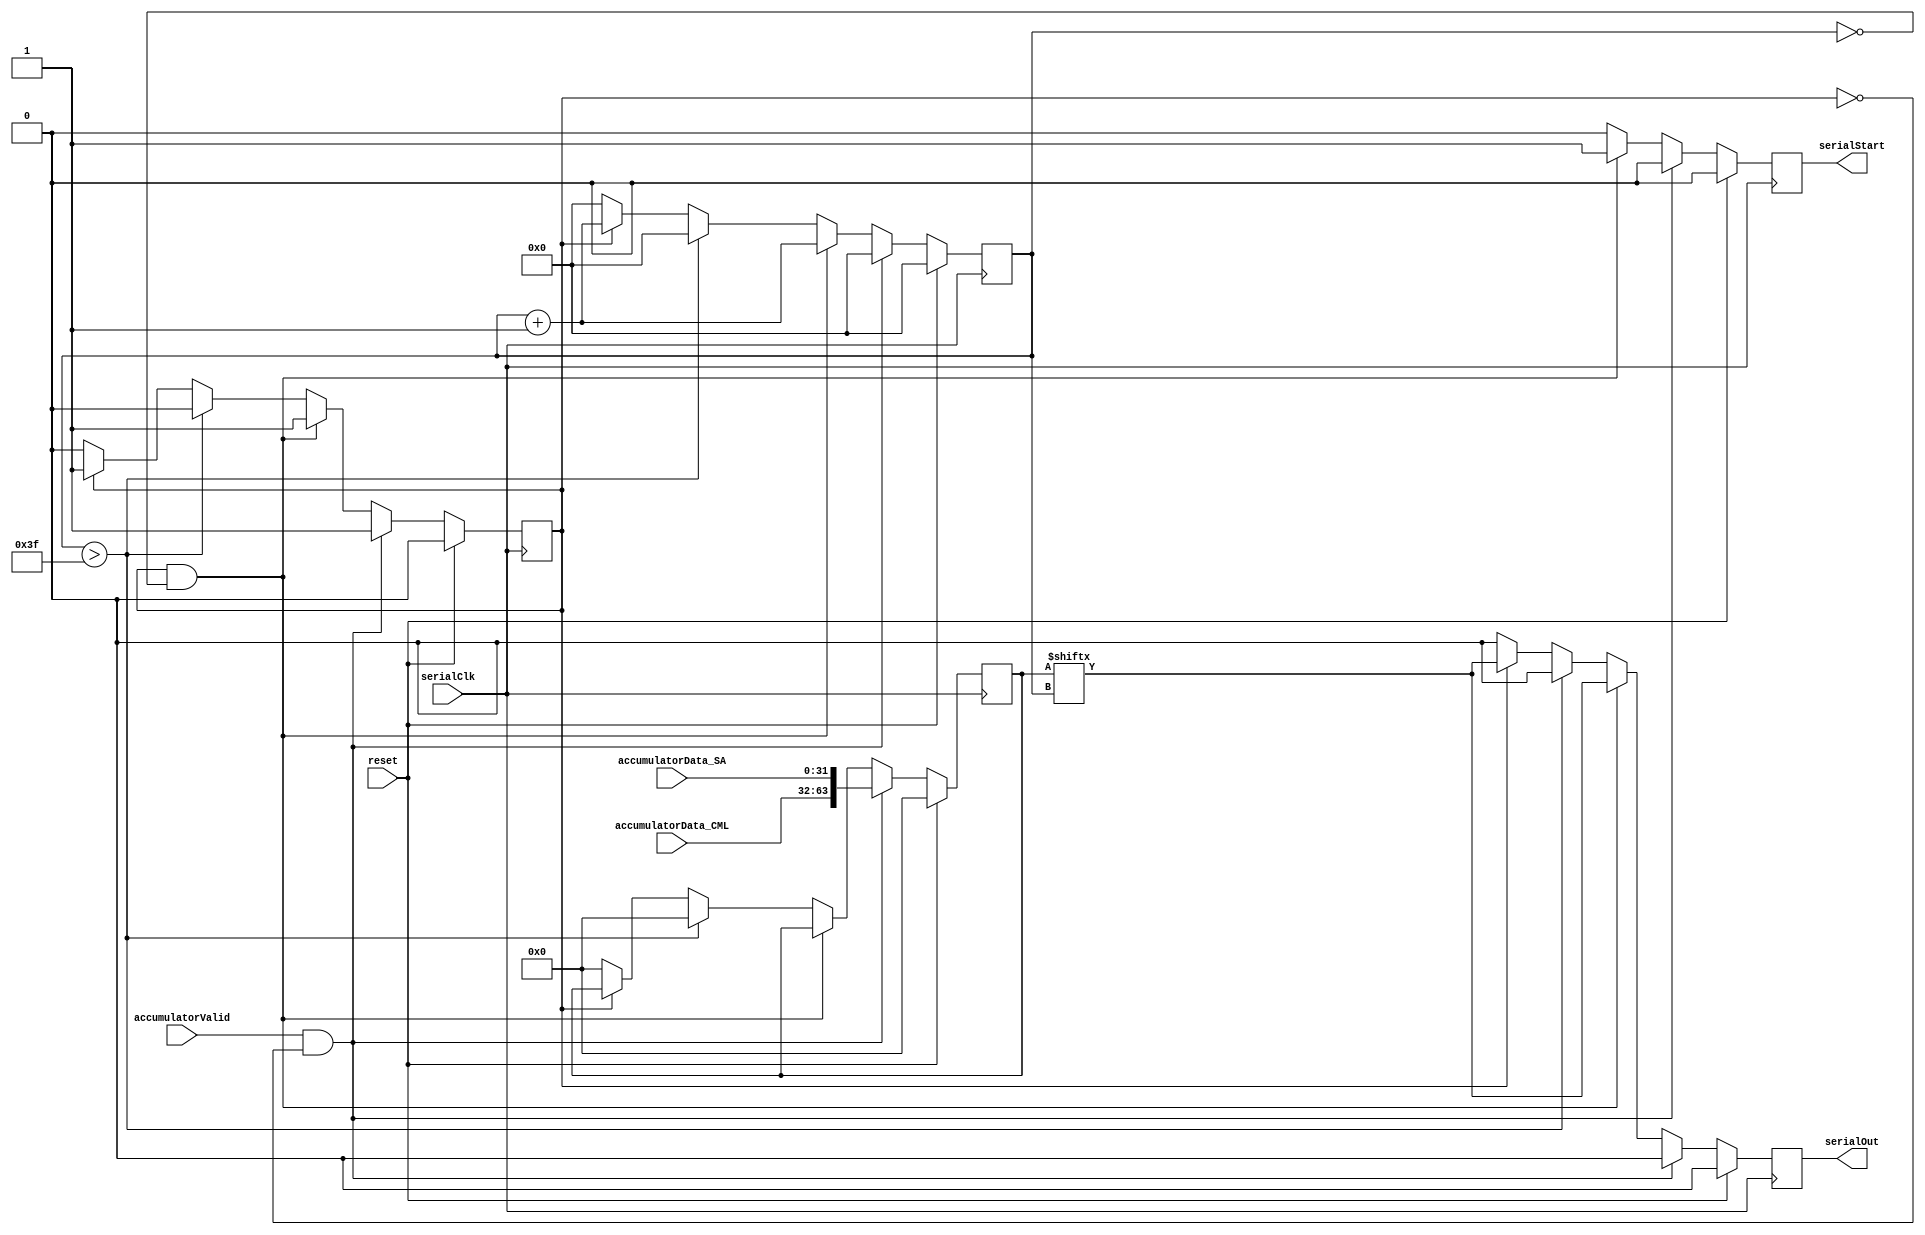
`timescale 1ns / 1ps
//////////////////////////////////////////////////////////////////////////////////
// Company: 
// Engineer: 
// 
// Design Name: 
// Module Name: SerializationSS
// Project Name: 
// Target Devices: 
// Tool Versions: 
// Description: 
// 
// Dependencies: 
// 
// Revision:
// Revision 0.01 - File Created
// Additional Comments:
// 
//////////////////////////////////////////////////////////////////////////////////

module SerializationSS
    #(parameter ACC_DATA_WIDTH = 32)
    (accumulatorValid,
     accumulatorData_SA,
     accumulatorData_CML,
     serialClk,
     reset,
     serialStart,
     serialOut);
     
     input accumulatorValid;
     input [ACC_DATA_WIDTH-1:0] accumulatorData_SA;
     input [ACC_DATA_WIDTH-1:0] accumulatorData_CML;
     input serialClk;
     input reset;
     output reg serialStart;
     output reg serialOut;
     
     reg [(ACC_DATA_WIDTH*2)-1:0] serialRegister;
     reg [6:0] counter;
     reg inProgress;
     
     always @ (posedge serialClk) begin
        if (reset) begin
            serialStart = 0;
            serialOut = 0;
            inProgress = 0;
            counter = 0;
            serialRegister = 0;
        end else if (accumulatorValid && !inProgress) begin
            // Load accumulator output to serializer register 
            serialStart = 0;
            serialOut = 0;
            counter = 0;
            inProgress = 1;
            serialRegister = {accumulatorData_CML, accumulatorData_SA};
        end else if (inProgress && counter == 0) begin
            // Once the register is loaded and is the first data output
            serialStart = 1;
            serialOut = serialRegister[counter];
            counter = counter + 1;
            inProgress = 1;
            serialRegister = serialRegister;
        end else if (counter > (ACC_DATA_WIDTH*2)-1) begin
            // If the counter is at one greater than the last bit to send, reset everything back to 0
            serialStart = 0;
            serialOut = 0;
            inProgress = 0;
            counter = 0;
            serialRegister = 0;
        end else if (inProgress) begin
            serialStart = 0;
            serialOut = serialRegister[counter];
            counter = counter + 1;
            inProgress = 1;
            serialRegister = serialRegister;
        end else begin
            serialStart = 0;
            serialOut = 0;
            counter = 0;
            inProgress = 0;
            serialRegister = 0;
        end
     end
endmodule